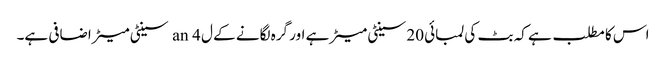
اس کا مطلب ہے کہ بٹ کی لمبائی 20 سینٹی میٹر ہے اور گرہ لگانے کے ل an 4 سینٹی میٹر اضافی ہے۔